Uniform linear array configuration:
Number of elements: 24
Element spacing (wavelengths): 0.25
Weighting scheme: binomial
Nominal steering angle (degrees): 30
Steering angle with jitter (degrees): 31.931
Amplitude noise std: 0.05
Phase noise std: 0.05

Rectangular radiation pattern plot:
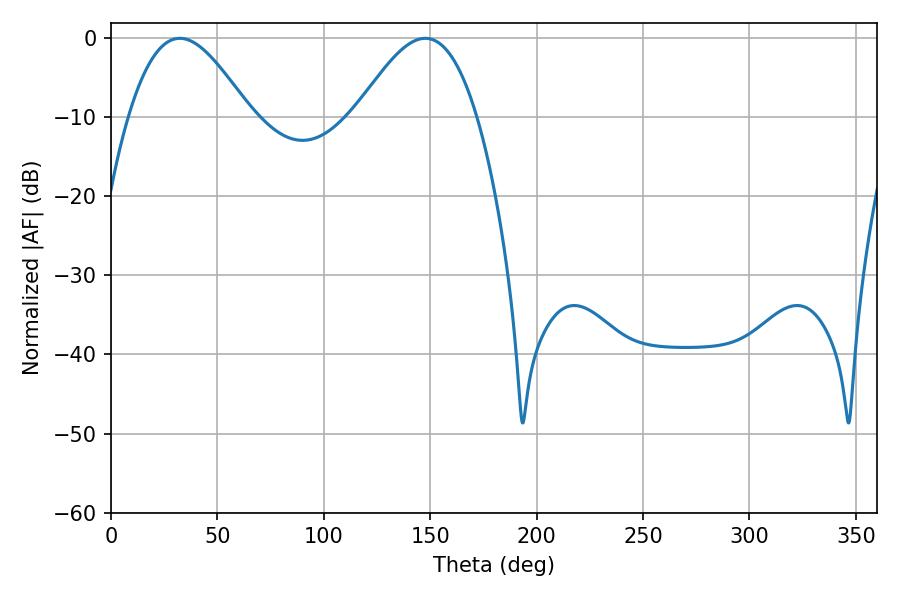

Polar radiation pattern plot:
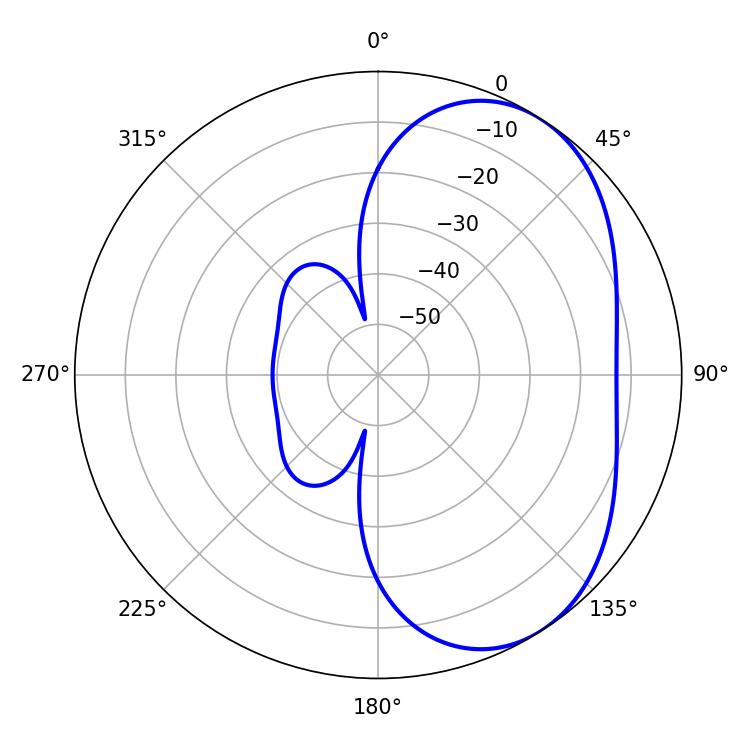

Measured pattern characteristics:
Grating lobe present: FALSE
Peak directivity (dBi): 4.585
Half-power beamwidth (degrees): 30.6
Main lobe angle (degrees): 32.4